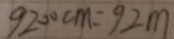
9 2 0 0 c m = 9 2 m